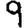
Digit: 9